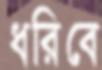
ধরিবে